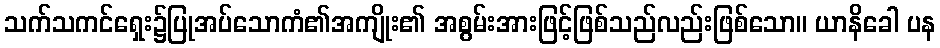
သက်သကင်ရှေး၌ပြုအပ်သောကံ၏အကျိုး၏ အစွမ်းအားဖြင့်ဖြစ်သည်လည်းဖြစ်သော။ ယာနိခေါ ပန